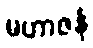
မဟာဇနံ